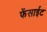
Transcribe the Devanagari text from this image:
फेंसाईट